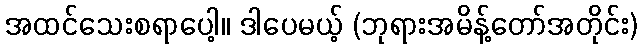
အထင်သေးစရာပေါ့။ ဒါပေမယ့် (ဘုရားအမိန့်တော်အတိုင်း)